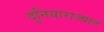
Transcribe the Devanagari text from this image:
दुनियाराज्यात